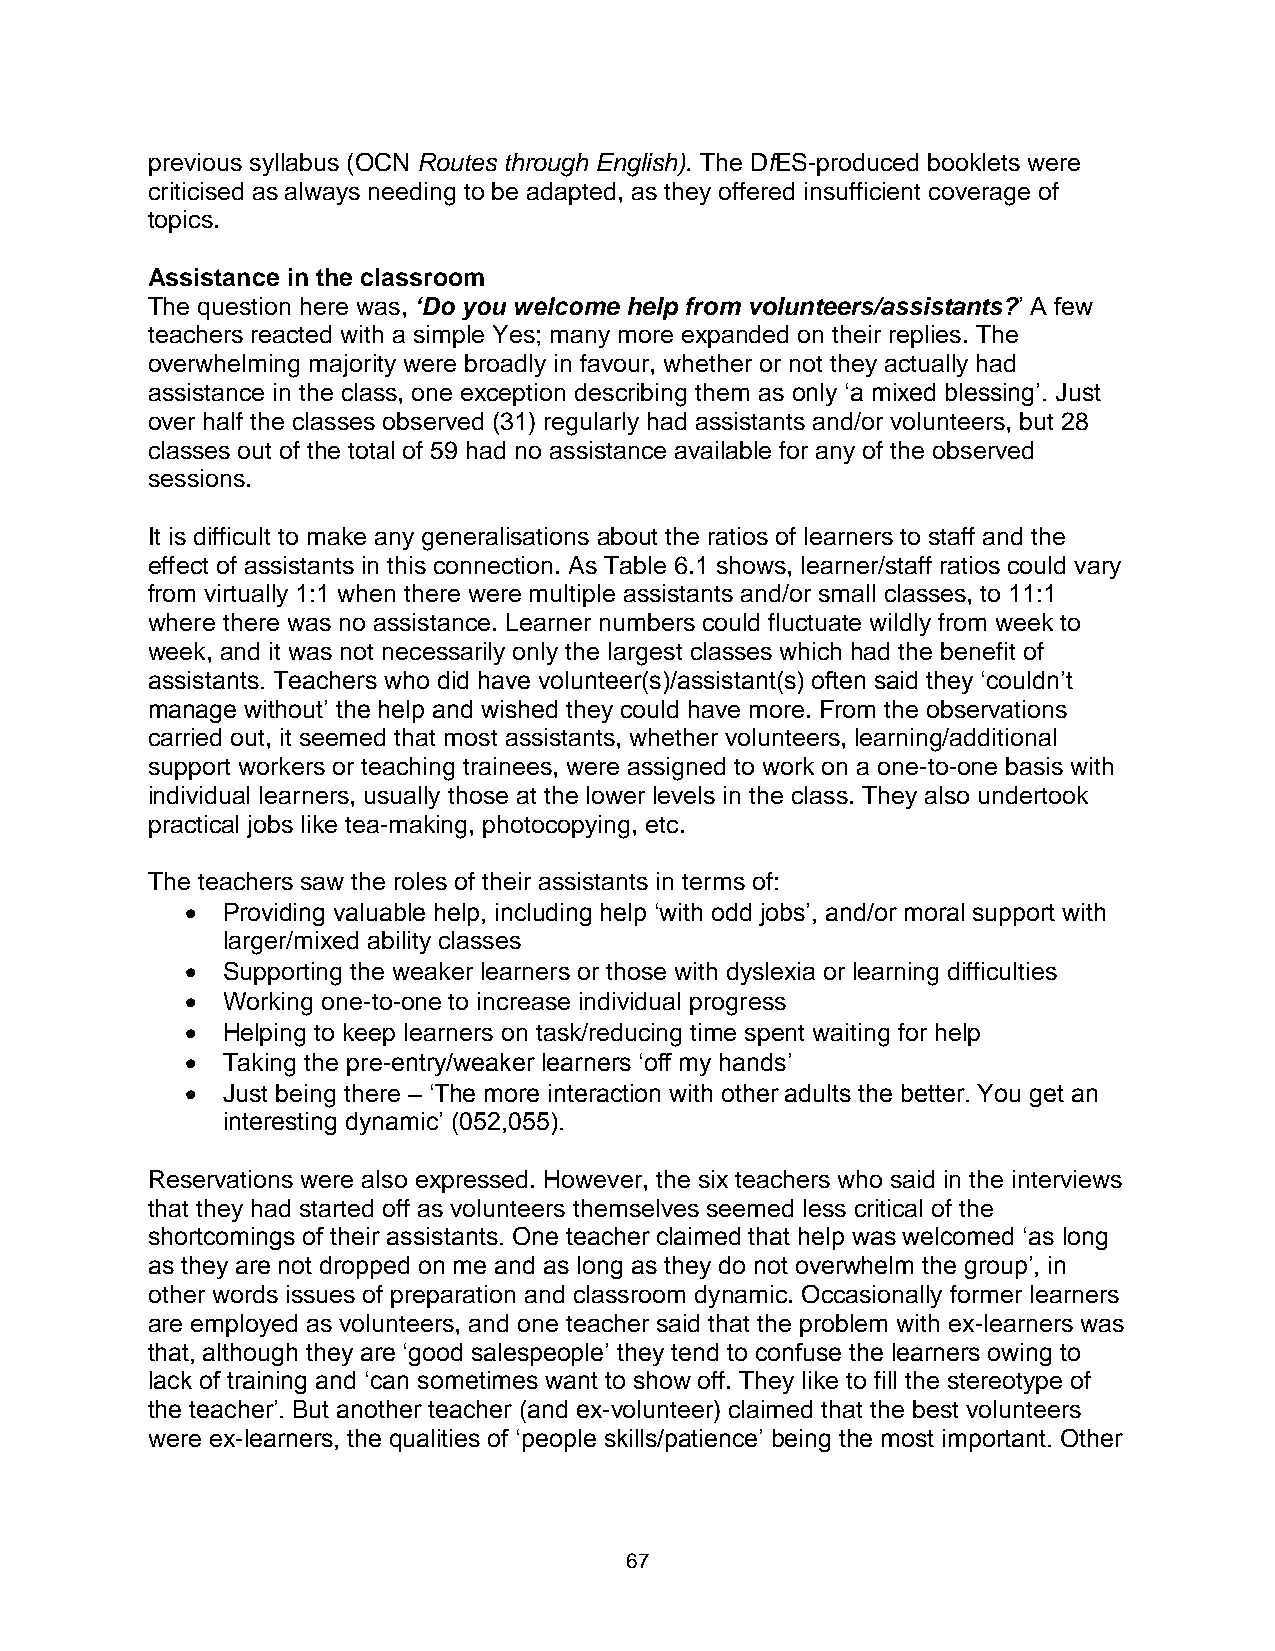
previous syllabus (OCN Routes through English). The DfES-produced booklets were
 criticised as always needing to be adapted, as they offered insufficient coverage of
 topics.
 Assistance in the classroom
 The question here was, ‘Do you welcome help from volunteers/assistants?’ A few
 teachers reacted with a simple Yes; many more expanded on their replies. The
 overwhelming majority were broadly in favour, whether or not they actually had
 assistance in the class, one exception describing them as only ‘a mixed blessing’. Just
 over half the classes observed (31) regularly had assistants and/or volunteers, but 28
 classes out of the total of 59 had no assistance available for any of the observed
 sessions.
 It is difficult to make any generalisations about the ratios of learners to staff and the
 effect of assistants in this connection. As Table 6.1 shows, learner/staff ratios could vary
 from virtually 1:1 when there were multiple assistants and/or small classes, to 11:1
 where there was no assistance. Learner numbers could fluctuate wildly from week to
 week, and it was not necessarily only the largest classes which had the benefit of
 assistants. Teachers who did have volunteer(s)/assistant(s) often said they ‘couldn’t
 manage without’ the help and wished they could have more. From the observations
 carried out, it seemed that most assistants, whether volunteers, learning/additional
 support workers or teaching trainees, were assigned to work on a one-to-one basis with
 individual learners, usually those at the lower levels in the class. They also undertook
 practical jobs like tea-making, photocopying, etc.
 The teachers saw the roles of their assistants in terms of:
   Providing valuable help, including help ‘with odd jobs’, and/or moral support with
 larger/mixed ability classes
   Supporting the weaker learners or those with dyslexia or learning difficulties
   Working one-to-one to increase individual progress
   Helping to keep learners on task/reducing time spent waiting for help
   Taking the pre-entry/weaker learners ‘off my hands’
   Just being there – ‘The more interaction with other adults the better. You get an
 interesting dynamic’ (052,055).
 Reservations were also expressed. However, the six teachers who said in the interviews
 that they had started off as volunteers themselves seemed less critical of the
 shortcomings of their assistants. One teacher claimed that help was welcomed ‘as long
 as they are not dropped on me and as long as they do not overwhelm the group’, in
 other words issues of preparation and classroom dynamic. Occasionally former learners
 are employed as volunteers, and one teacher said that the problem with ex-learners was
 that, although they are ‘good salespeople’ they tend to confuse the learners owing to
 lack of training and ‘can sometimes want to show off. They like to fill the stereotype of
 the teacher’. But another teacher (and ex-volunteer) claimed that the best volunteers
 were ex-learners, the qualities of ‘people skills/patience’ being the most important. Other
 67